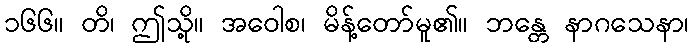
၁၆၆။ တိ၊ ဤသို့။ အဝေါစ၊ မိန့်တော်မူ၏။ ဘန္တေ နာဂသေနာ၊